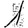
Digit: 1